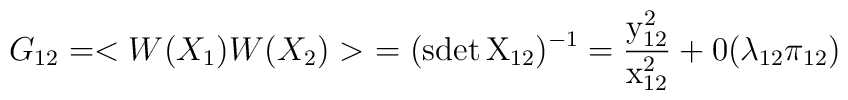
G_{1 2} =  < W(X_1) W(X_2)  > \ =  (\rm{sdet}\, X_{1 2})^{- 1} ={y^2_{1 2} \over x^2_{12}} +  0(\lambda_{1 2} \pi_{1 2})